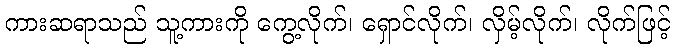
ကားဆရာသည် သူ့ကားကို ကွေ့လိုက်၊ ရှောင်လိုက်၊ လှိမ့်လိုက်၊ လိုက်ဖြင့်